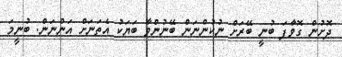
ދޮށުން ގޮވާފަ ބުނީ ބޭރަށް ނުކުންނަން ބޭނުންވާ ބަޔަކު އެތަނަށް އަންނަން. ބުނީމަ